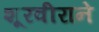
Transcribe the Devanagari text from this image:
शूरवीराने